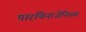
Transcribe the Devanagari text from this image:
पारथिनाजेनिसस